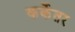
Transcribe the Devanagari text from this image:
कर्केतर